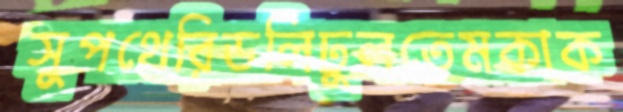
সুপথেরিডলিঢুলতেমকাক